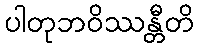
ပါတုဘဝိဿန္တီတိ